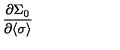
\frac { \partial \Sigma _ { 0 } } { \partial \langle \sigma \rangle }